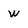
Character: w